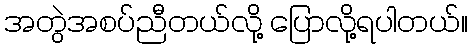
အတွဲအစပ်ညီတယ်လို့ ပြောလို့ရပါတယ်။